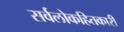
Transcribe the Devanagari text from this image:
सर्वलोकहितकारी